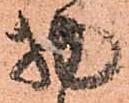
物